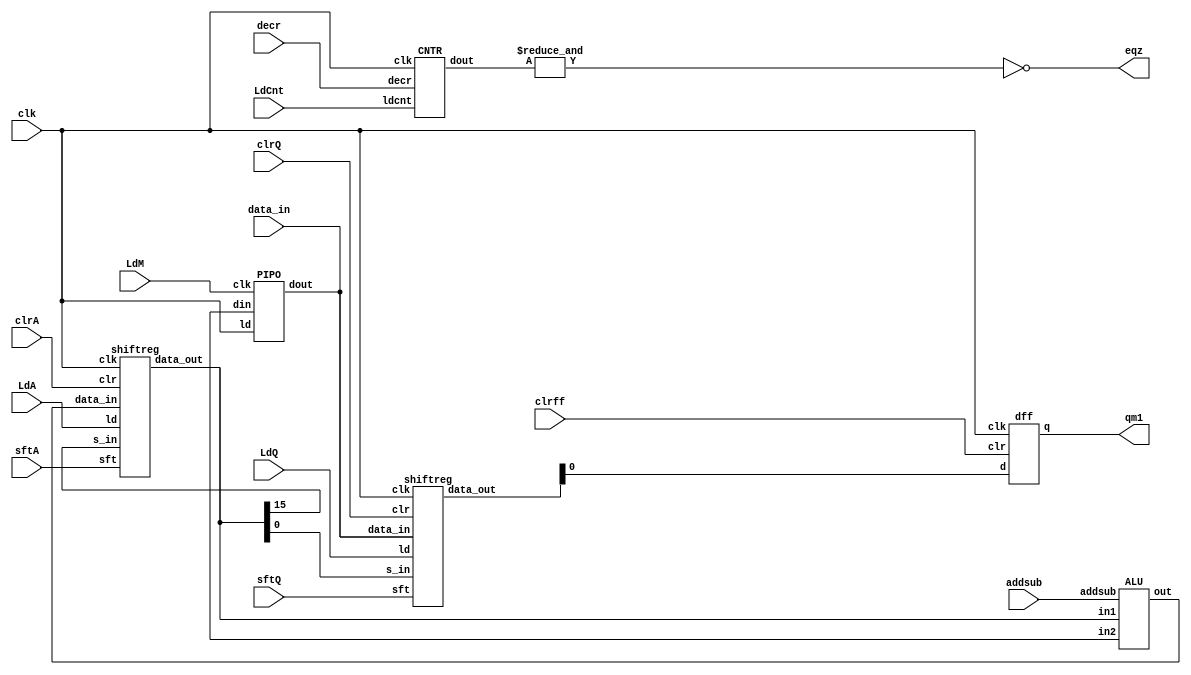
module BOOTH_datapath(LdA,LdQ,LdM,clrA,clrQ,clrff,sftA,sftQ,addsub,decr,LdCnt,data_in,clk,qm1,eqz);

	input LdA,LdQ,LdM,clrA,clrQ,clrff,sftA,sftQ,addsub,clk,decr,LdCnt;
	input [15:0] data_in;
	output qm1,eqz;
	wire [15:0] A,M,Q,Z;
	wire[4:0] count;

	assign eqz = ~&count;

	shiftreg AR(A,Z,A[15],clk,LdA,clrA,sftA);
	shiftreg QR(Q,data_in,A[0],clk,LdQ,clrQ,sftQ);
	dff QM1(Q[0],qm1,clk,clrff);
	PIPO MR(data_in,M,clk,LdM);
	ALU AS(Z,A,M,addsub);
	CNTR CN(count,decr,LdCnt,clk);

endmodule

// shiftreg module
module shiftreg(data_out,data_in,s_in,clk,ld,clr,sft);

input s_in,clk,ld,clr,sft;
input [15:0] data_in;
output reg [15:0] data_out;

always @(posedge clk)
	begin
		if(clr)data_out<=0;
		else if(ld)
			data_out<=data_in;
		else if(sft)
			data_out<={s_in,data_out[15:1]};
	end

endmodule

// PIPO module
module PIPO (dout,din,ld,clk);

	input [15:0] din;
	input ld,clk;
	output reg [15:0] dout;

	always @(posedge clk)
		if(ld) dout<=din;

endmodule

// dff module
module dff(d,q,clk,clr);

	input d,clk,clr;
	output reg q;

	always @(posedge clk)
		if(clr) q<=0;
		else q<=d;
	
endmodule

// ALU module
module ALU(out,in1,in2,addsub);

	input [15:0] in1,in2;
	input addsub;
	output reg [15:0] out;

	always @(*)
		begin
			if(addsub==0) out=in1-in2;
			else out = in1+in2;
		end
		
endmodule

// CNTR module
module CNTR(dout,decr,ldcnt,clk);

	input decr,ldcnt,clk;
	output reg [4:0] dout;

	always @(posedge clk)
		begin
			if(ldcnt) dout<=5'b10000;
			else if(decr) dout<=dout-1;
		end

endmodule